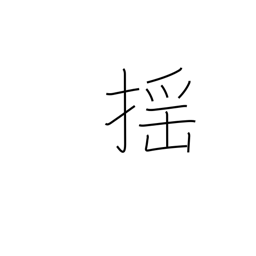
Meaning: tremble